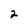
Character: 2